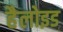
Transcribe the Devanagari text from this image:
हैलोइड